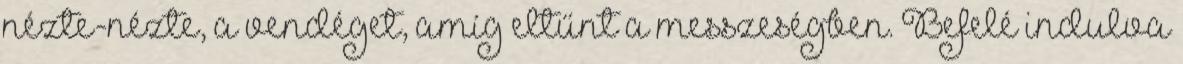
nézte-nézte, a vendéget, amíg eltűnt a messzeségben. Befelé indulva